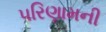
પરિણામની